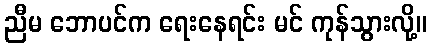
ညီမ ဘောပင်က ရေးနေရင်း မင် ကုန်သွားလို့။